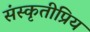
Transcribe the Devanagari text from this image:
संस्कृतीप्रिय